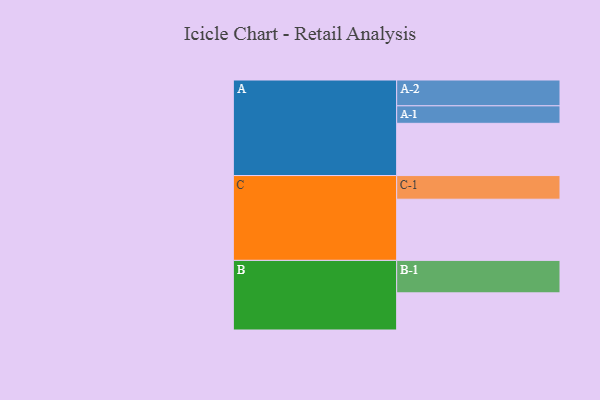
{"axis": {"x": "Segment", "y": "Value"}, "legend": ["", "A", "B", "C"], "data": [{"x": "A", "y": 433, "type": ""}, {"x": "B", "y": 308, "type": ""}, {"x": "C", "y": 507, "type": ""}, {"x": "A-1", "y": 145, "type": "A"}, {"x": "A-2", "y": 214, "type": "A"}, {"x": "B-1", "y": 269, "type": "B"}, {"x": "C-1", "y": 196, "type": "C"}]}